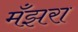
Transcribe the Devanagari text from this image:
मँझरा